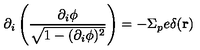
\partial _ { i } \left( \frac { \partial _ { i } \phi } { \sqrt { 1 - ( \partial _ { i } \phi ) ^ { 2 } } } \right) = - \Sigma _ { p } e \delta ( { \bf r } )